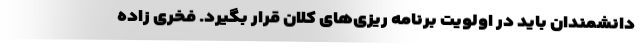
دانشمندان باید در اولویت برنامه ریزی‌های کلان قرار بگیرد. فخری زاده